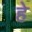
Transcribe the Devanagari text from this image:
हे